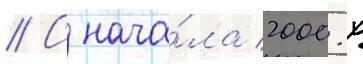
// С нача́ла 2000-х